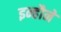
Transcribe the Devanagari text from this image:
इन्हौने